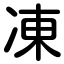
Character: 凍